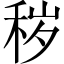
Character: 秽